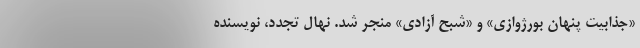
«جذابیت پنهان بورژوازی» و «شبح آزادی» منجر شد. نهال تجدد، نویسنده